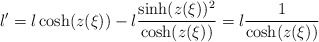
\begin{align*} l' = l\cosh(z(\xi)) - l \frac{\sinh(z(\xi))^2}{\cosh(z(\xi))} = l\frac{1}{\cosh(z(\xi))}\end{align*}